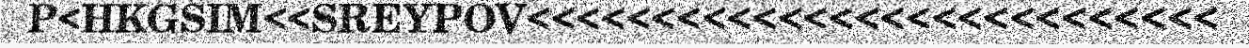
P<HKGSIM<<SREYPOV<<<<<<<<<<<<<<<<<<<<<<<<<<<